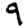
Digit: 9